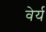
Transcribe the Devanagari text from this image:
वेर्य